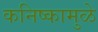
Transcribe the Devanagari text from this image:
कनिष्कामुळे